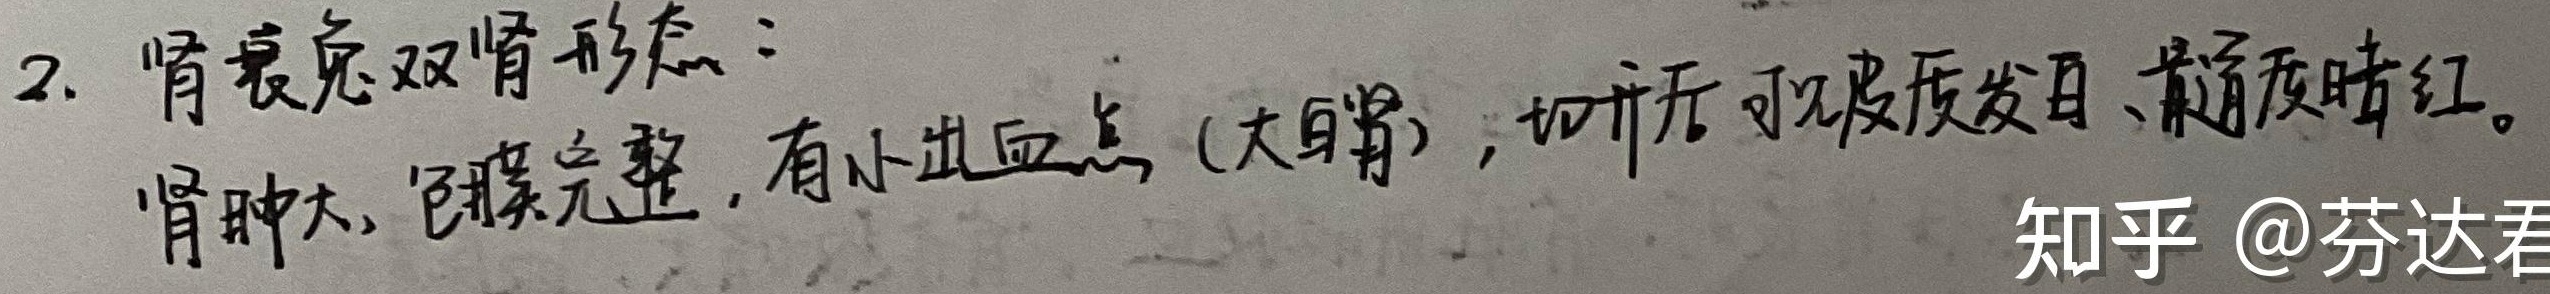
2. 肾衰兔双肾形态：肾肿大，包膜完整，有小出血点（大白肾），切开可见皮质发白、髓质暗红。